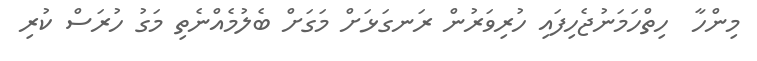
މިންހާ  ހިތްހަމަނުޖެހިފައި ހުރިވަރުން ރަނގަޅަށް މަގަށް ބެލުމެއްނެތި މަގު ހުރަސް ކުރި